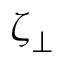
\zeta _ { \perp }